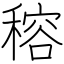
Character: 穃